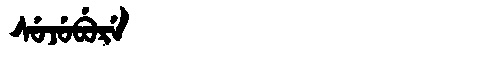
Manchu: ᠰᡠᠵᡠᠪᡠᡵᡝ
Romanization: SUJUBURE